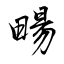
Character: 畼